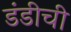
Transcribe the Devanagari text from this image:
डंडीची